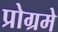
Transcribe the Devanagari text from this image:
प्रोग्रमे